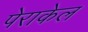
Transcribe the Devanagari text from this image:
पेराकेल